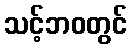
သင့်ဘဝတွင်